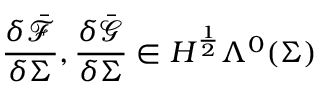
\frac { \delta \bar { \mathcal { F } } } { \delta \Sigma } , \frac { \delta \bar { \mathcal { G } } } { \delta \Sigma } \in H ^ { \frac { 1 } { 2 } } \Lambda ^ { 0 } ( \Sigma )